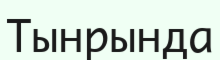
Тынрында